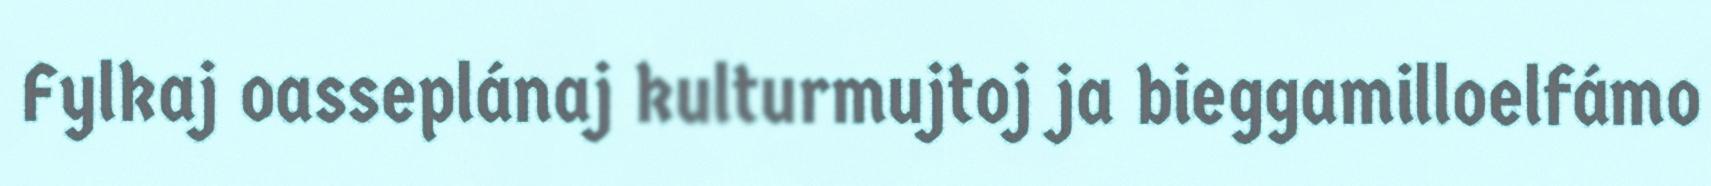
Fylkaj oasseplánaj kulturmujtoj ja bieggamilloelfámo